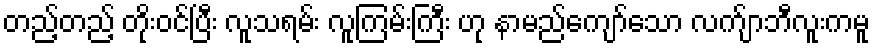
တည့်တည့် တိုးဝင်ပြီး လူသရမ်း လူကြမ်းကြီး ဟု နာမည်ကျော်သော လက်ျာဘီလူးကမူ